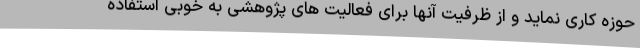
حوزه کاری نماید و از ظرفیت آنها برای فعالیت های پژوهشی به خوبی استفاده